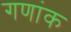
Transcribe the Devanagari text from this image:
गणांक